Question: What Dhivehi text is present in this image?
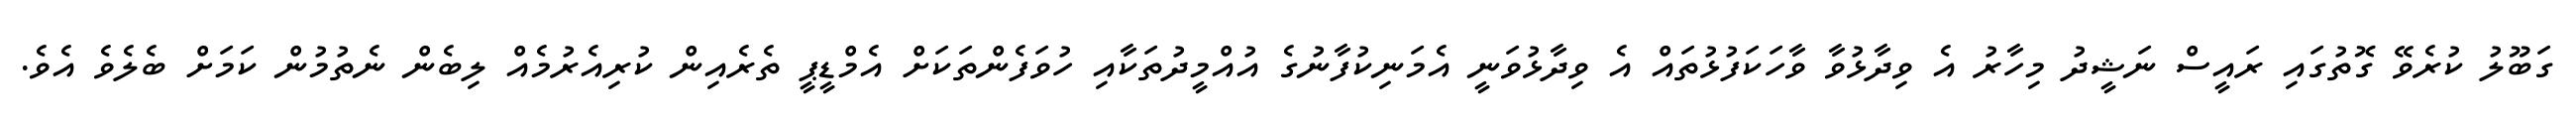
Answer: ގަބޫލު ކުރެވޭ ގޮތުގައި ރައީސް ނަޝީދު މިހާރު އެ ވިދާޅުވާ ވާހަކަފުޅުތައް އެ ވިދާޅުވަނީ އެމަނިކުފާނުގެ އުއްމީދުތަކާއި ހުވަފެންތަކަށް އެމްޑީޕީ ތެރެއިން ކުރިއެރުމެއް ލިބެން ނެތުމުން ކަމަށް ބެލެވެ އެވެ.